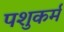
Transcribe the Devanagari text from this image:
पशुकर्म